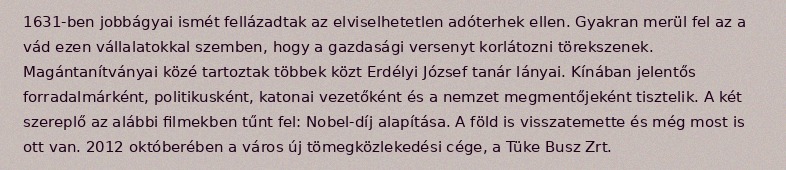
1631-ben jobbágyai ismét fellázadtak az elviselhetetlen adóterhek ellen. Gyakran merül fel az a vád ezen vállalatokkal szemben, hogy a gazdasági versenyt korlátozni törekszenek. Magántanítványai közé tartoztak többek közt Erdélyi József tanár lányai. Kínában jelentős forradalmárként, politikusként, katonai vezetőként és a nemzet megmentőjeként tisztelik. A két szereplő az alábbi filmekben tűnt fel: Nobel-díj alapítása. A föld is visszatemette és még most is ott van. 2012 októberében a város új tömegközlekedési cége, a Tüke Busz Zrt.